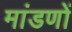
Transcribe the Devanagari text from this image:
मांडणों